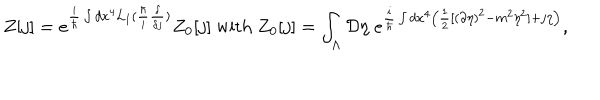
Z [ j ] = e ^ { \frac { i } { \hbar } \int d x ^ { 4 } { \cal { L } } _ { I } ( \frac { \hbar } { i } \frac { \delta } { \delta j } ) } Z _ { 0 } [ j ] \textrm { w i t h } Z _ { 0 } [ j ] = \int _ { \Lambda } { \cal { D } } \eta \; e ^ { \frac { i } { \hbar } \int d x ^ { 4 } \left( \frac { 1 } { 2 } [ ( \partial \eta ) ^ { 2 } - m ^ { 2 } \eta ^ { 2 } ] + j \eta \right) } ,